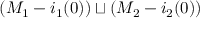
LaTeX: ( M _ { 1 } - i _ { 1 } ( 0 ) ) \sqcup ( M _ { 2 } - i _ { 2 } ( 0 ) )